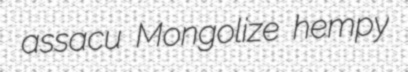
assacu Mongolize hempy